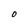
Character: O